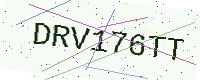
Text: DRV176TT